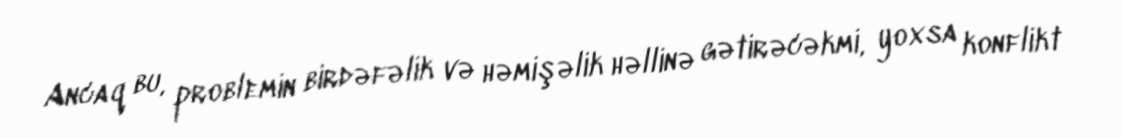
Ancaq bu, problemin birdəfəlik və həmişəlik həllinə gətirəcəkmi, yoxsa konflikt